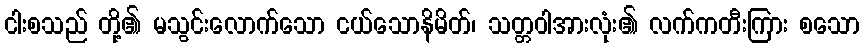
ငါးစသည် တို့၏ မသွင်းလောက်သော ငယ်သောနိမိတ်၊ သတ္တဝါအားလုံး၏ လက်ကတီးကြား စသော